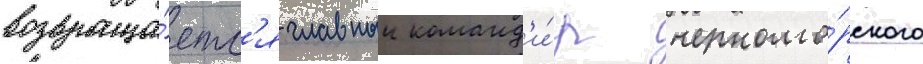
возвраща́етс'я главныи команд'и́р черномо́рского